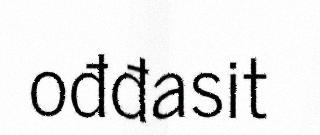
ođđasit